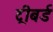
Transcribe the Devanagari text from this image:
ट्रीबर्ड